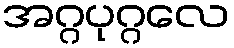
အဂ္ဂပုဂ္ဂလေ